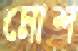
মোশ